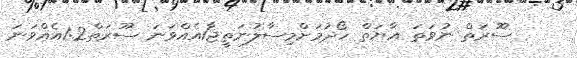
ސޫރަތް ނުވަތަ އާޔަތް ހޯދުމަށްމިސާލުނަތީޖާ1އެއްވަނަ ސޫރަތް1:2އެއްވަނަ